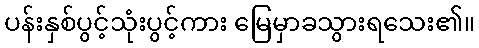
ပန်းနှစ်ပွင့်သုံးပွင့်ကား မြေမှာခသွားရသေး၏။